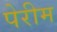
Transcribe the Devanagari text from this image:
पेरीम